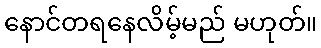
နောင်တရနေလိမ့်မည် မဟုတ်။